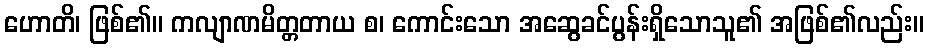
ဟောတိ၊ ဖြစ်၏။ ကလျာဏမိတ္တတာယ စ၊ ကောင်းသော အဆွေခင်ပွန်းရှိသောသူ၏ အဖြစ်၏လည်း။